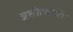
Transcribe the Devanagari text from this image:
अशीत्यांची